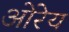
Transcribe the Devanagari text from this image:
ओरेय